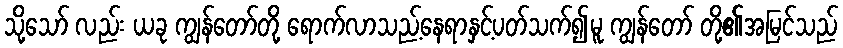
သို့သော် လည်း ယခု ကျွန်တော်တို့ ရောက်လာသည့်နေရာနှင့်ပတ်သက်၍မူ ကျွန်တော် တို့၏အမြင်သည်